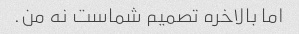
اما بالاخره تصمیم شماست نه من.